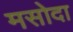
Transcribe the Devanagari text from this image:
मसोदा